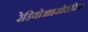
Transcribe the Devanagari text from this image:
रेडियोआइसोटोपिक